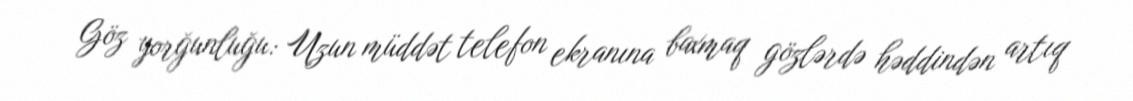
Göz yorğunluğu: Uzun müddət telefon ekranına baxmaq gözlərdə həddindən artıq